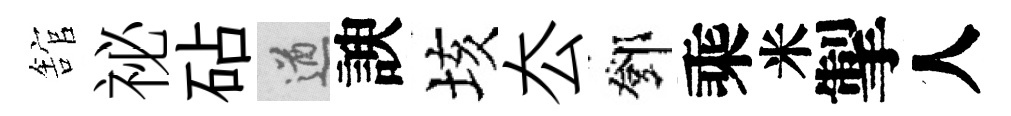
舘祕砧遒諛垓厺鄧乘米掣人